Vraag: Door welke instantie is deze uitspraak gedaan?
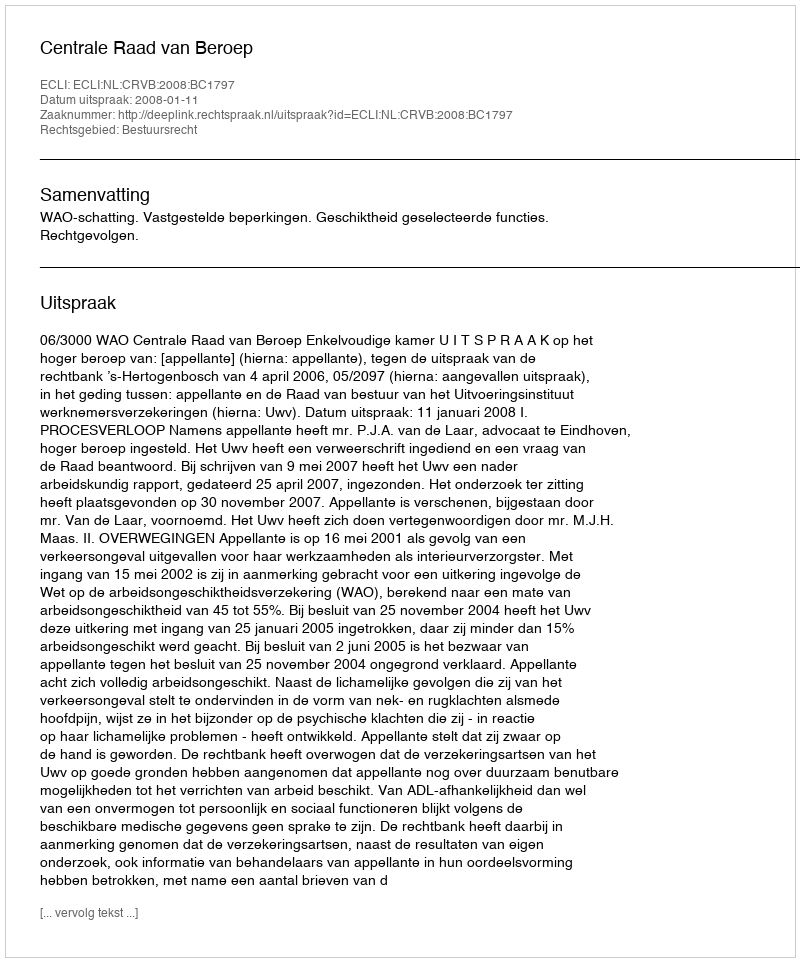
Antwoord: Centrale Raad van Beroep